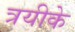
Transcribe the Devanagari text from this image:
त्रयीके